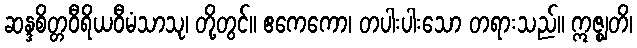
ဆန္ဒစိတ္တဝီရိယဝီမံသာသု၊ တို့တွင်။ ဧကေကော၊ တပါးပါးသော တရားသည်။ ဣဇ္ဈတိ၊